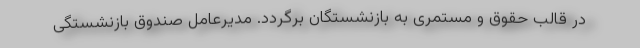
در قالب حقوق و مستمری به بازنشستگان برگردد. مدیرعامل صندوق بازنشستگی